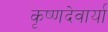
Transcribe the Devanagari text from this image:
कृष्णदेवार्या